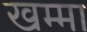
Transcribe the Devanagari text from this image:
खम्मा